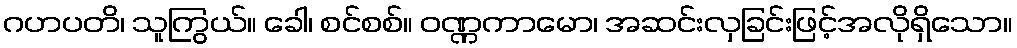
ဂဟပတိ၊ သူကြွယ်။ ခေါ၊ စင်စစ်။ ဝဏ္ဏကာမော၊ အဆင်းလှခြင်းဖြင့်အလိုရှိသော။